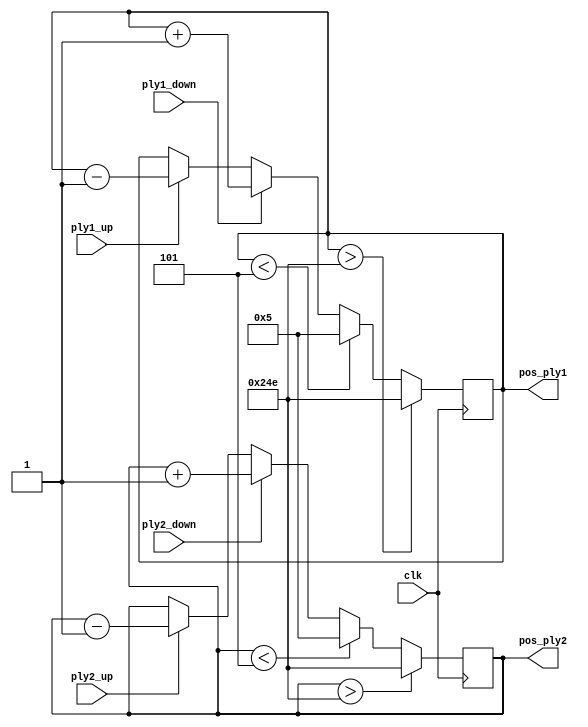
////////////////////////////////////////////////////////////////////////////////
// Company:     Ridotech
// Module Name: ctlButtons.v
//
// Description: Control player positions with buttons.
//
// Dependencies: 
//
// Revisions: 
//     0.01 - File created.
//
// Additional Comments:
//
////////////////////////////////////////////////////////////////////////////////
module ctlButtons #(parameter speed = 1)
(
   input  wire       clk,
   input  wire       ply1_up,
   input  wire       ply1_down,
   input  wire       ply2_up,
   input  wire       ply2_down,
   output wire [9:0] pos_ply1,
   output wire [9:0] pos_ply2
);
   // Parameters for vertical players.
   parameter screen_height = 600;
   parameter tope_sup = 5;
   parameter tope_inf = screen_height - 10;

   // Memory positions.
   reg [9:0] reg1 = 100;
   reg [9:0] reg2 = 100;

   assign pos_ply1 = reg1;
   assign pos_ply2 = reg2;

   always @(posedge clk)
   begin
      if (ply1_up)   reg1 <= reg1 - speed;
      if (ply1_down) reg1 <= reg1 + speed;
      if (ply2_up)   reg2 <= reg2 - speed;
      if (ply2_down) reg2 <= reg2 + speed;
      if (reg1 < tope_sup) reg1 <= tope_sup; 
      if (reg2 < tope_sup) reg2 <= tope_sup;
      if (reg1 > tope_inf) reg1 <= tope_inf;
      if (reg2 > tope_inf) reg2 <= tope_inf;
   end

endmodule